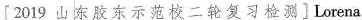
[2019 山东胶东示范校二轮复习检测]Lorena